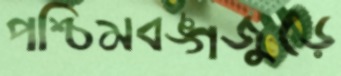
পশ্চিমবঙ্গজুড়ে